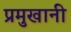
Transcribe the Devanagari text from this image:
प्रमुखानी